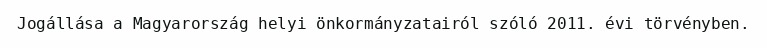
Jogállása a Magyarország helyi önkormányzatairól szóló 2011. évi törvényben.